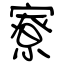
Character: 寮